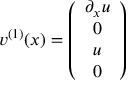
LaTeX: v ^ { ( 1 ) } ( x ) = \left( \begin{array} { c } { { \partial _ { x } u } } \\ { { 0 } } \\ { { u } } \\ { { 0 } } \end{array} \right)